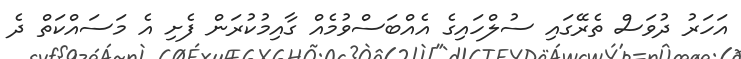
އަހަރު ދުވަސް ތެރޭގައި ސުލްހައިގެ އެއްބަސްވުމެއް ގާއިމުކުރަން ފެށި އެ މަސައްކަތް ދެ